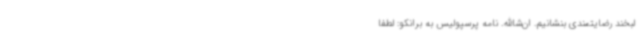
لبخند رضایتمندی بنشانیم. ان‌شاالله. نامه پرسپولیس به برانکو: لطفا